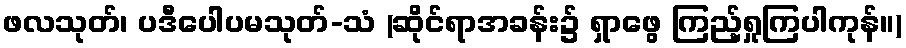
ဖလသုတ်၊ ပဒီပေါပမသုတ်-သံ (ဆိုင်ရာအခန်း၌ ရှာဖွေ ကြည့်ရှုကြပါကုန်။)